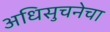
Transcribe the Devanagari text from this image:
अधिसुचनेचा